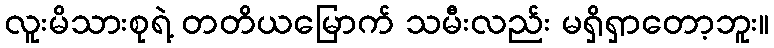
လူးမိသားစုရဲ့ တတိယမြောက် သမီးလည်း မရှိရှာတော့ဘူး။